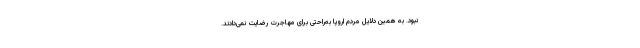
نبود. به همین دلایل مردم اروپا به‌راحتی برای مهاجرت رضایت نمی‌دادند.